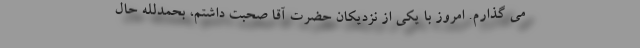
می گذارم. امروز با یکی از نزدیکان حضرت آقا صحبت داشتم، بحمدلله حال